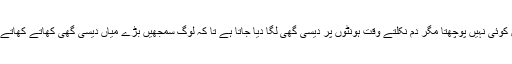
زندگی میں کوئی نہیں پوچھتا مگر دم نکلتے وقت ہونٹوں پر دیسی گھی لگا دیا جاتا ہے تا کہ لوگ سمجھیں بڑے میاں دیسی گھی کھاتے کھاتے مرے ہیں۔